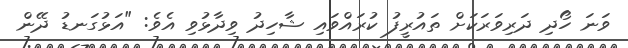
ވަނަ ހޯދި ދަރިވަރަކަށް ތައުރީފު ކުރައްވައި ޝާހިދު ވިދާޅުވި އެވެ: "އަޅުގަނޑު ދޭން